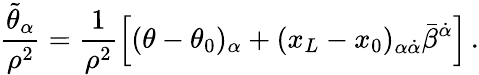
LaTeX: \frac{\tilde{\theta}_{\alpha}}{\rho^{2}}=\frac{1}{\rho^{2}}\left[(\theta-\theta_{0})_{\alpha}+(x_{L}-x_{0})_{\alpha\dot{\alpha}}\bar{\beta}^{\dot{\alpha}}\right]\, .